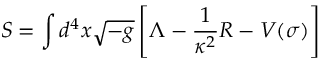
S = \int d ^ { 4 } x \sqrt { - g } \left[ \Lambda - { \frac { 1 } { \kappa ^ { 2 } } } R - V ( \sigma ) \right]